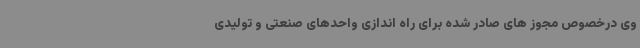
وی درخصوص مجوز های صادر شده برای راه اندازی واحدهای صنعتی و تولیدی